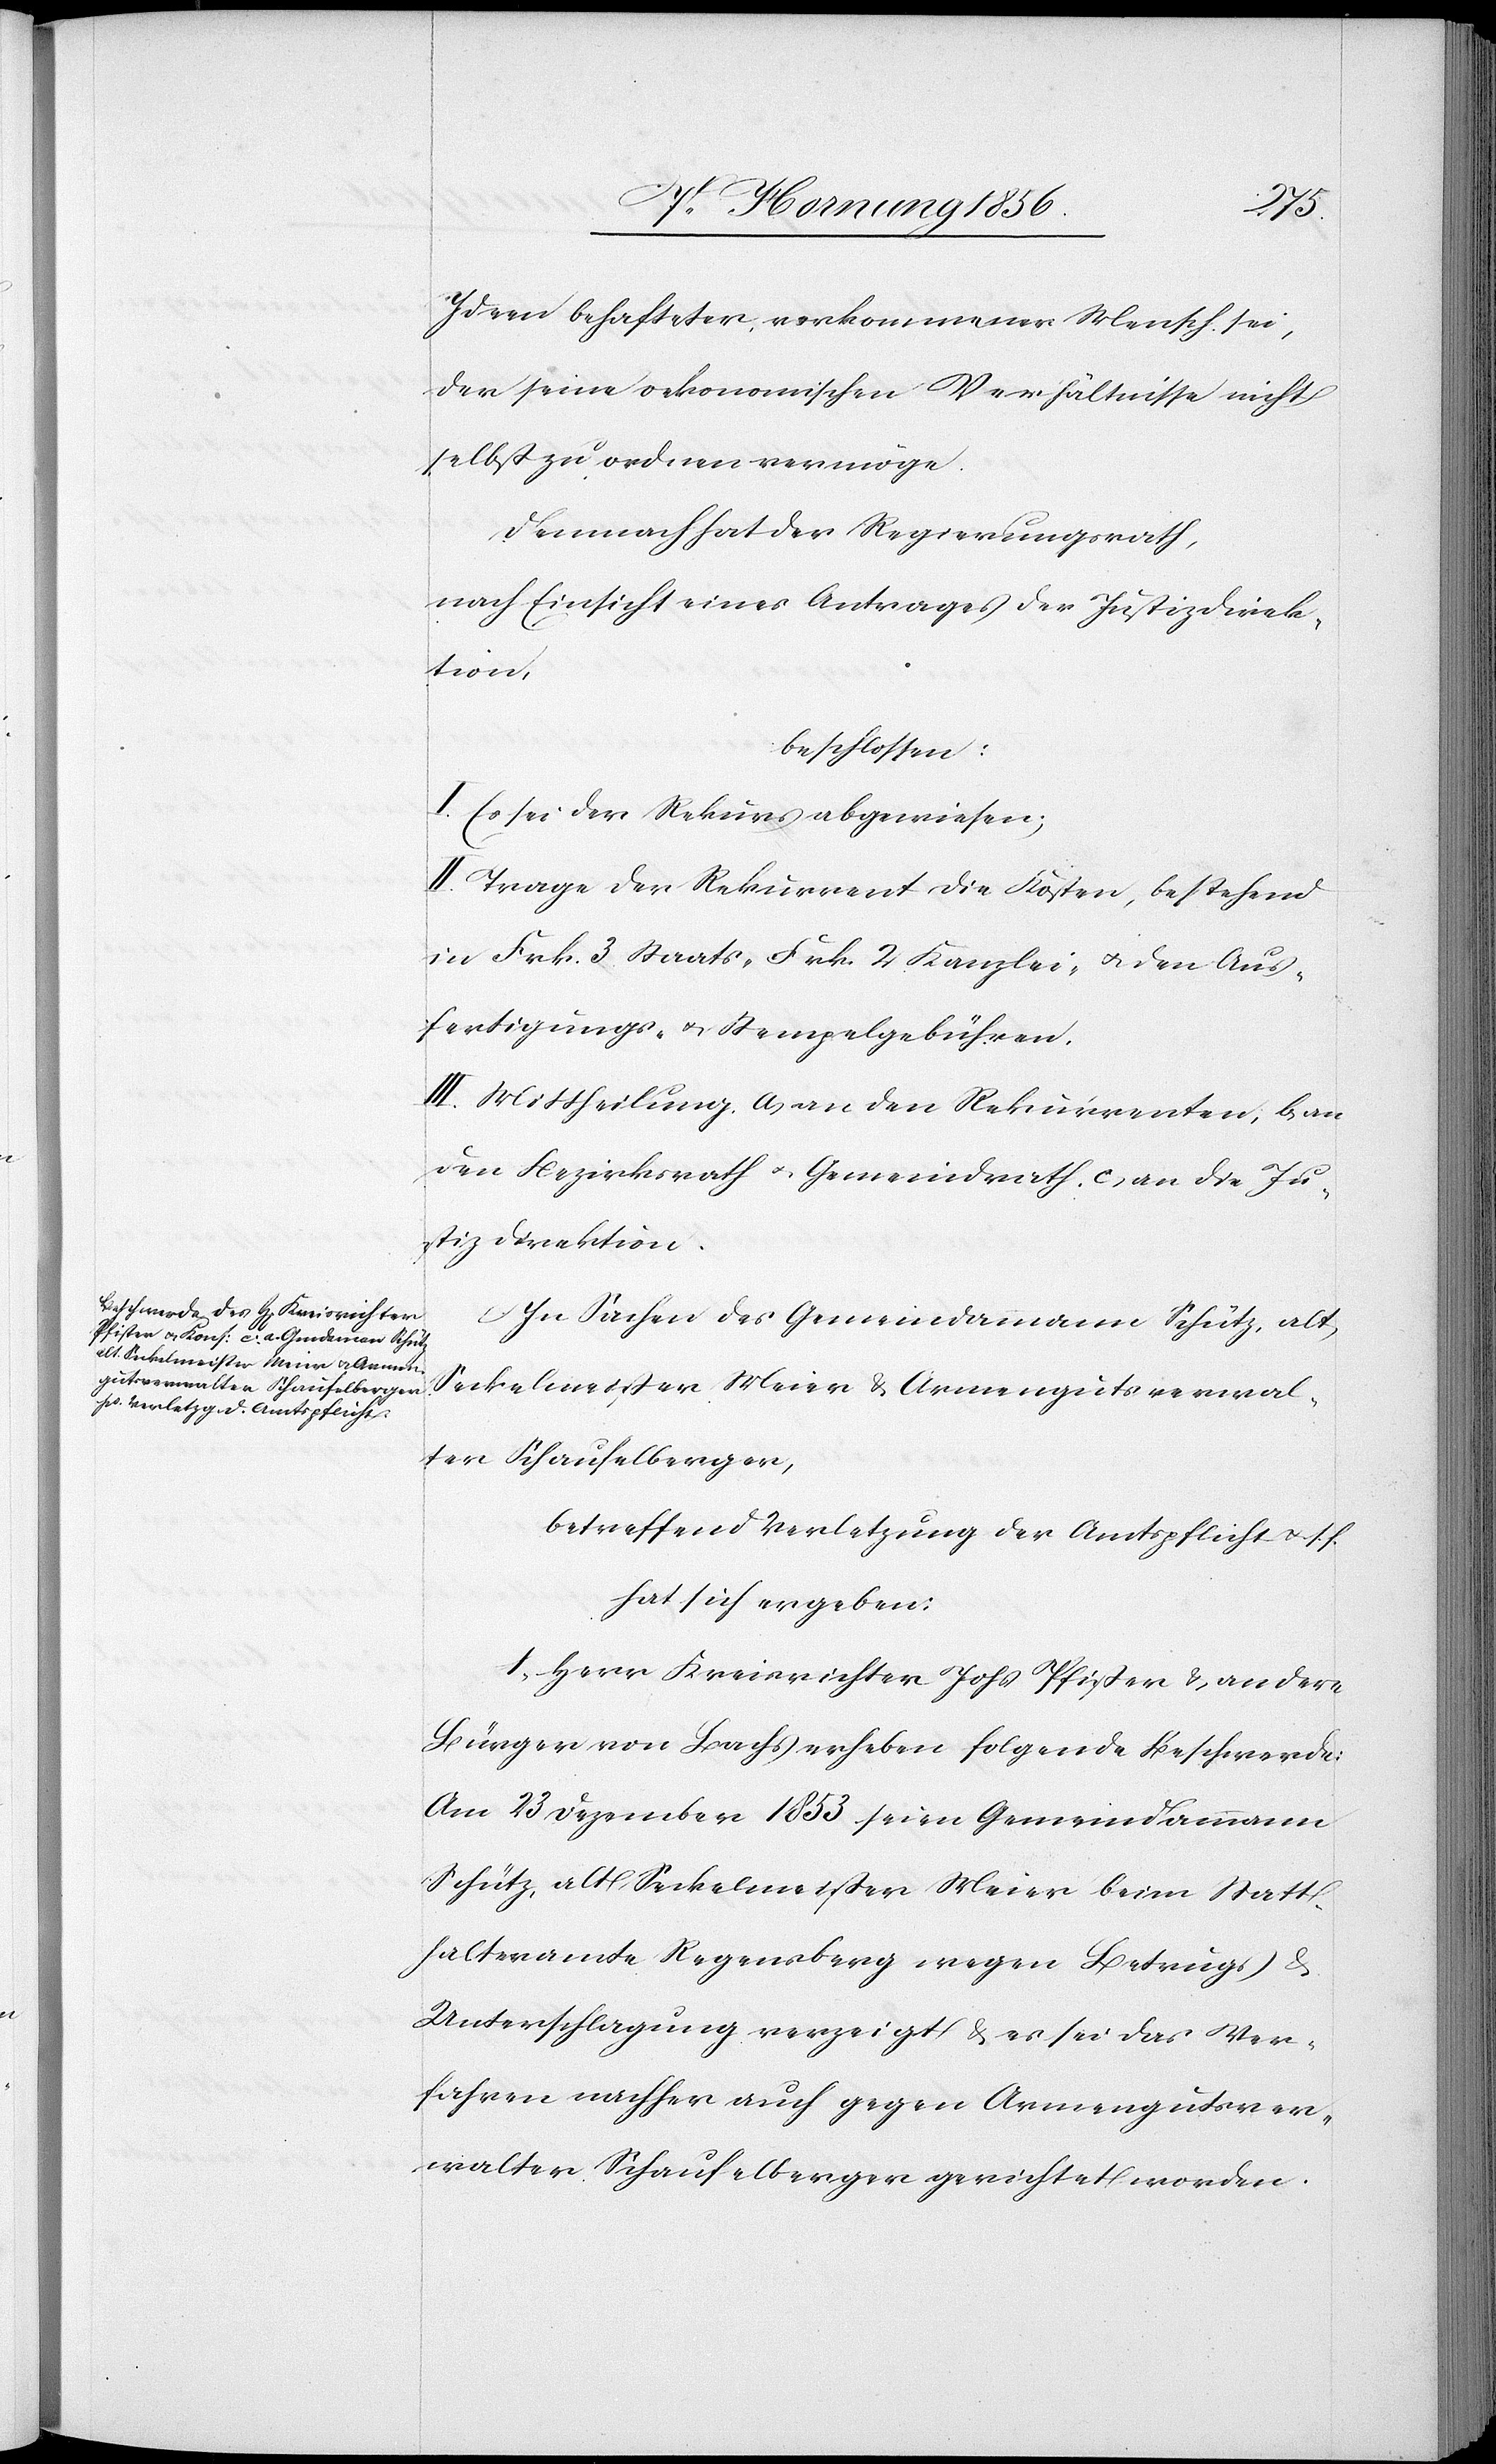
Ideen behafteter, verkommener Mensch sei,
der seine oekonomischen Verhältnisse nicht
selbst zu ordnen vermöge.
Demnach hat der Regierungsrath,
nach Einsicht eines Antrages der Justizdirek¬
tion,
beschlossen:
I. Es sei der Rekurs abgewiesen;
II. Trage der Rekurrent die Kosten, bestehend
in Frk. 3 Staats-[,] Frk. 2 Kanzlei- u. den Aus¬
fertigungs- u. Stempelgebühren.
III. Mittheilung. a, an den Rekurrenten, b, an
den Bezirksrath u. Gemeindrath. c, an die Ju¬
stizdirektion.
In Sachen des Gemeindammann Schütz, alt
Seckelmeister Meier & Armengutsverwal¬
ter Schaufelberger,
betreffend Verletzung der Amtspflicht u. s. f.
hat sich ergeben:
1., Herr Kreisrichter Johs Pfister & andere
Bürger von Bachs erheben folgende Beschwerde:
Am 23 Dezember 1853 seien Gemeindammann
Schütz, alt Seckelmeister Meier beim Statt¬
halteramte Regensberg wegen Betrugs &
Unterschlagung verzeigt & es sei das Ver¬
fahren nachher auch gegen Armengutsver¬
walter Schaufelberger gerichtet worden.